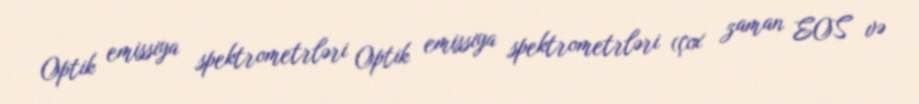
Optik emissiya spektrometrləri Optik emissiya spektrometrləri (çox zaman EOS və